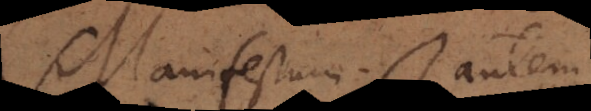
Manifestum autem